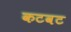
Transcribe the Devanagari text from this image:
कटवट